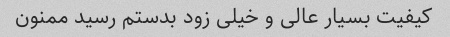
کیفیت بسیار عالی و خیلی زود بدستم رسید ممنون